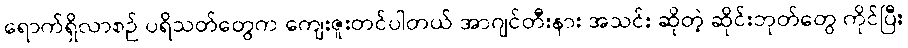
ရောက်ရှိလာစဉ် ပရိသတ်တွေက ကျေးဇူးတင်ပါတယ် အာဂျင်တီးနား အသင်း ဆိုတဲ့ ဆိုင်းဘုတ်တွေ ကိုင်ပြီး